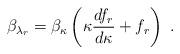
LaTeX: \begin{align*}\beta_{\lambda_r}=\beta_\kappa \left(\kappa \frac{df_r}{d\kappa}+f_r\right)\,\,.\end{align*}